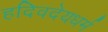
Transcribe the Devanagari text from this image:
हदिवदेयधर्म